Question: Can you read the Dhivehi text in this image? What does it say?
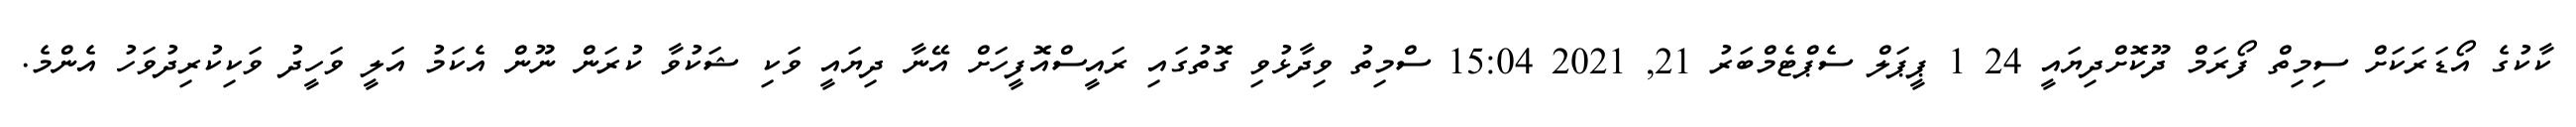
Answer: ކާކުގެ އޯޑަރަކަށް ސިމިތް ފޯރަމް ދޫކޮށްދިޔައީ 24 1 ޕީޕަލް ސެޕްޓެމްބަރު 21, 2021 15:04 ސްމިތު ވިދާޅުވި ގޮތުގައި ރައީސްއޮފީހަށް އޭނާ ދިޔައީ ވަކި ޝަކުވާ ކުރަން ނޫން އެކަމު އަލީ ވަހީދު ވަކިކުރިދުވަހު އެންމެ.